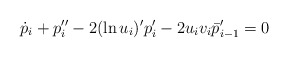
\begin{align*}\dot p_i+p''_i-2(\ln u_i)'p'_i-2u_iv_i \bar p'_{i-1}=0 \end{align*}